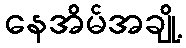
နေအိမ်အချို့